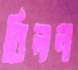
বিলন